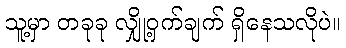
သူ့မှာ တခုခု လျှို့ဝှက်ချက် ရှိနေသလိုပဲ။